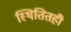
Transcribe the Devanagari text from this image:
स्थितितही